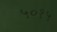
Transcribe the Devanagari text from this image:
५०१५